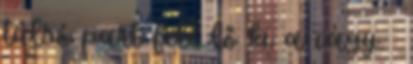
túlsó part felé lő ki a vágy.